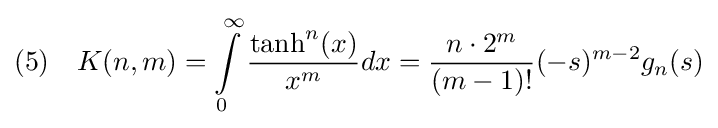
(5)\quad K(n,m)=\int \limits _{0}^{\infty }{\dfrac {\tanh ^{n}(x)}{x^{m}}}dx={\frac {n\cdot 2^{m}}{(m-1)!}}(-s)^{m-2}g_{n}(s)